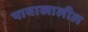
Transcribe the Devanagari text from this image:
पायाखालील